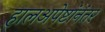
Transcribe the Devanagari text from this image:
हालअपेष्टांनंतर